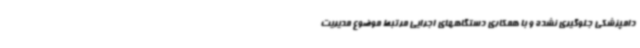
دامپزشکی جلوگیری نشده و با همکاری دستگاههای اجرایی مرتبط موضوع مدیریت